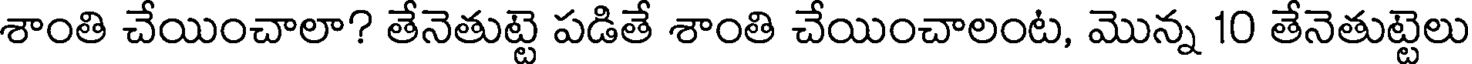
శాంతి చేయించాలా? తేనెతుట్టె పడితే శాంతి చేయించాలంట, మొన్న 10 తేనెతుట్టెలు